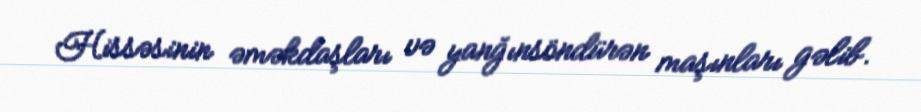
Hissəsinin əməkdaşları və yanğınsöndürən maşınları gəlib.